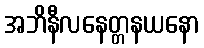
အဘိနီလနေတ္တနယနော